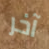
آخر